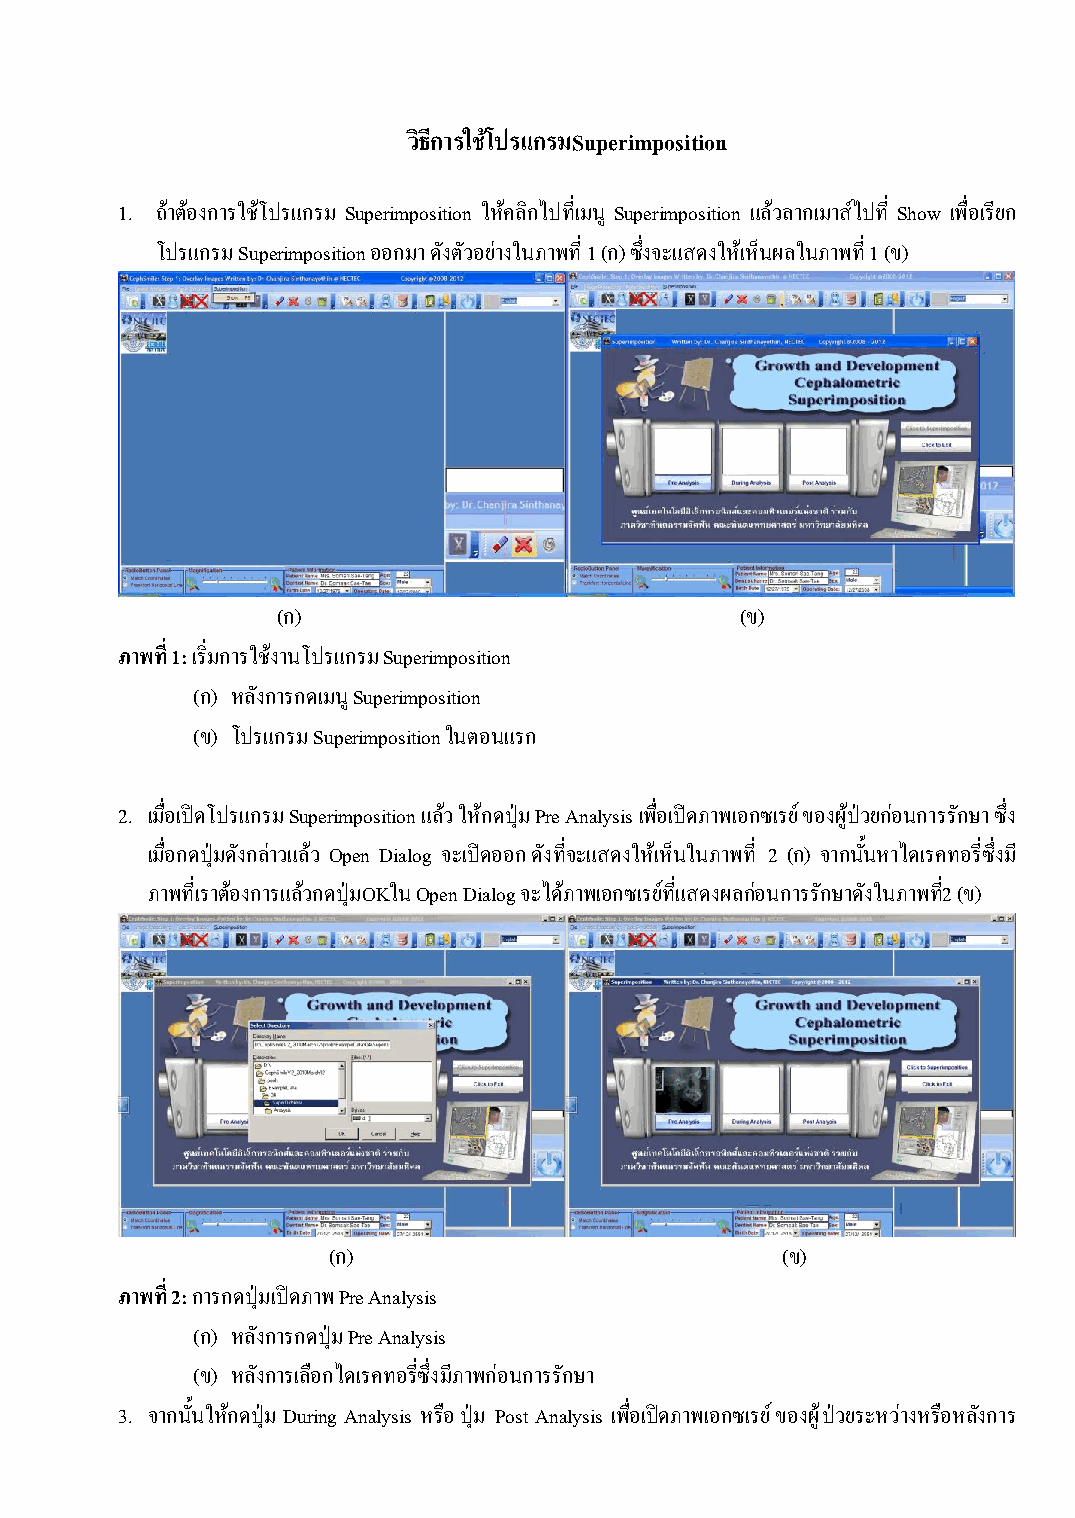
วิธีการใช้โปรแกรมSuperimposition
 1. ถ้าต้องการใช้โปรแกรม Superimposition ให้คลิกไปที่เมนู Superimposition แล้วลากเมาส์ไปที่ Show เพื่อเรียก
 โปรแกรม Superimposition ออกมา ดังตัวอย่างในภาพที่ 1 (ก) ซึ่งจะแสดงให้เห็นผลในภาพที่ 1 (ข)
 (ก)                            (ข)
 ภาพที่ 1: เริ่มการใช้งานโปรแกรม Superimposition
 (ก) หลังการกดเมนู Superimposition
 (ข) โปรแกรม Superimposition ในตอนแรก
 2. เมื่อเปิดโปรแกรม Superimposition แล้ว ให้กดปุ่ม Pre Analysis เพื่อเปิดภาพเอกซเรย์ ของผู้ป่วยก่อนการรักษา ซึ่ง
 เมื่อกดปุ่มดังกล่าวแลว้ Open Dialog จะเปิดออก ดังที่จะแสดงให้เห็นในภาพที่ 2 (ก) จากนั้นหาไดเรคทอรี่ซึ่งมี
 ภาพที่เราต้องการแล้วกดปุ่มOKใน Open Dialog จะได้ภาพเอกซเรย์ที่แสดงผลก่อนการรักษาดังในภาพท2ี่ (ข)
 (ก)                           (ข)
 ภาพที่ 2: การกดปุ่มเปิดภาพ Pre Analysis
 (ก) หลังการกดปุ่ม Pre Analysis
 (ข) หลังการเลือกไดเรคทอรี่ซึ่งมีภาพก่อนการรักษา
 3. จากนั้นให้กดปุ่ม During Analysis หรือ ปุ่ม Post Analysis เพื่อเปิดภาพเอกซเรย์ ของผู้ป่วยระหว่างหรือหลังการ
 112